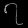
Digit: ၇